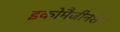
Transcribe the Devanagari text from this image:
इकोमैजीनेशन